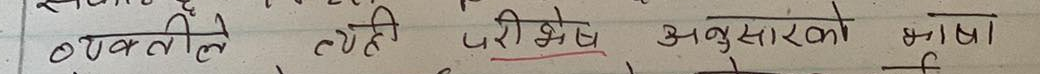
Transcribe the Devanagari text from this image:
व्यक्तिले त्यही परिपेक्ष अनुसारको भाषा